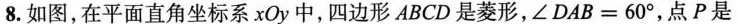
8.如图，在平面直角坐标系xOy中，四边形ABCD是菱形，$$∠DAB = 6 0 °$$，点P是